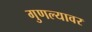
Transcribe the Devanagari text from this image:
गुणल्यावर